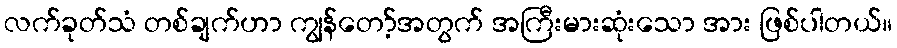
လက်ခုတ်သံ တစ်ချက်ဟာ ကျွန်တော့်အတွက် အကြီးမားဆုံးသော အား ဖြစ်ပါတယ်။